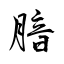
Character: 腤